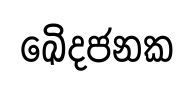
ඛෙිදජනක